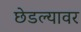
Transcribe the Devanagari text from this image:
छेडल्यावर